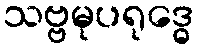
သဗ္ဗမုပရုဒ္ဓေ